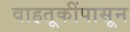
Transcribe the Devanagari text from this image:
वाहतूकींपासून